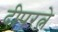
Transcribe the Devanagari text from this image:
दीपरत्ने